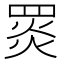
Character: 𦋎